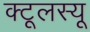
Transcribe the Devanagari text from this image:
क्टूलस्यू